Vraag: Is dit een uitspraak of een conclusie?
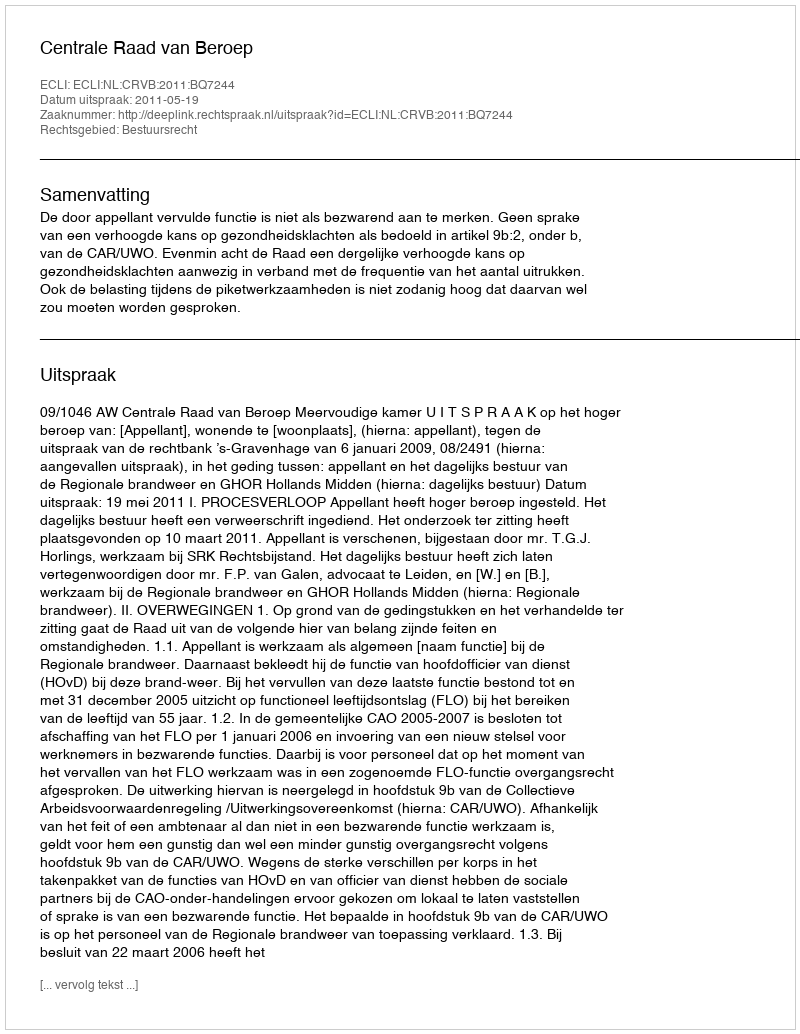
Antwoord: Uitspraak